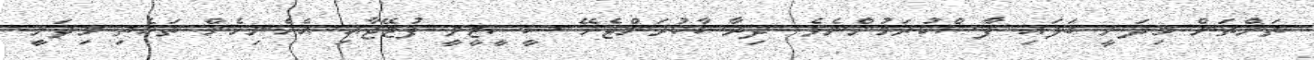
ތަންތަން މިދަނީ ބަލައި ފާސްކުރަމުންނެވެ. ދިރާސާކުރަންޖެހޭ ސީސީޓީވީ ފުޓޭޖާއި އެހެނިހެން ތަކެތި މިދަނީ